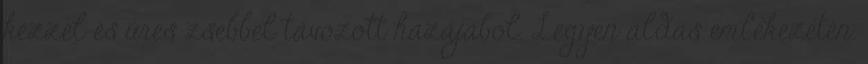
kézzel és üres zsebbel távozott hazájából. Legyen áldás emlékezetén.